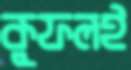
কুফলই